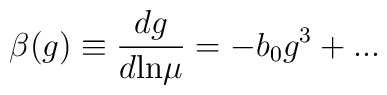
\beta(g) \equiv \frac{d g}{d {\rm ln} \mu} = - b_0 g^3 + ...